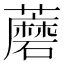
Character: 蘑